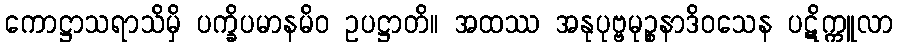
ကောဋ္ဌာသရာသိမှိ ပက္ခိပမာနမိဝ ဥပဋ္ဌာတိ။ အထဿ အနုပုဗ္ဗမုဉ္စနာဒိဝသေန ပဋိက္ကူလာ